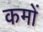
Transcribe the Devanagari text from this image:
कमों